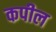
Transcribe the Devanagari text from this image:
कपील